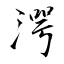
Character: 湂